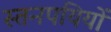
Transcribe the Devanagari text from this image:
स्तनपयियों